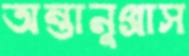
অন্তানুপ্রাস